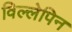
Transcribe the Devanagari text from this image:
विल्लेपिन